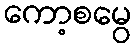
ကော့စမွေ